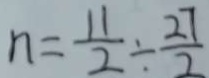
n = \frac { 1 1 } { 2 } \div \frac { 2 7 } { 2 }